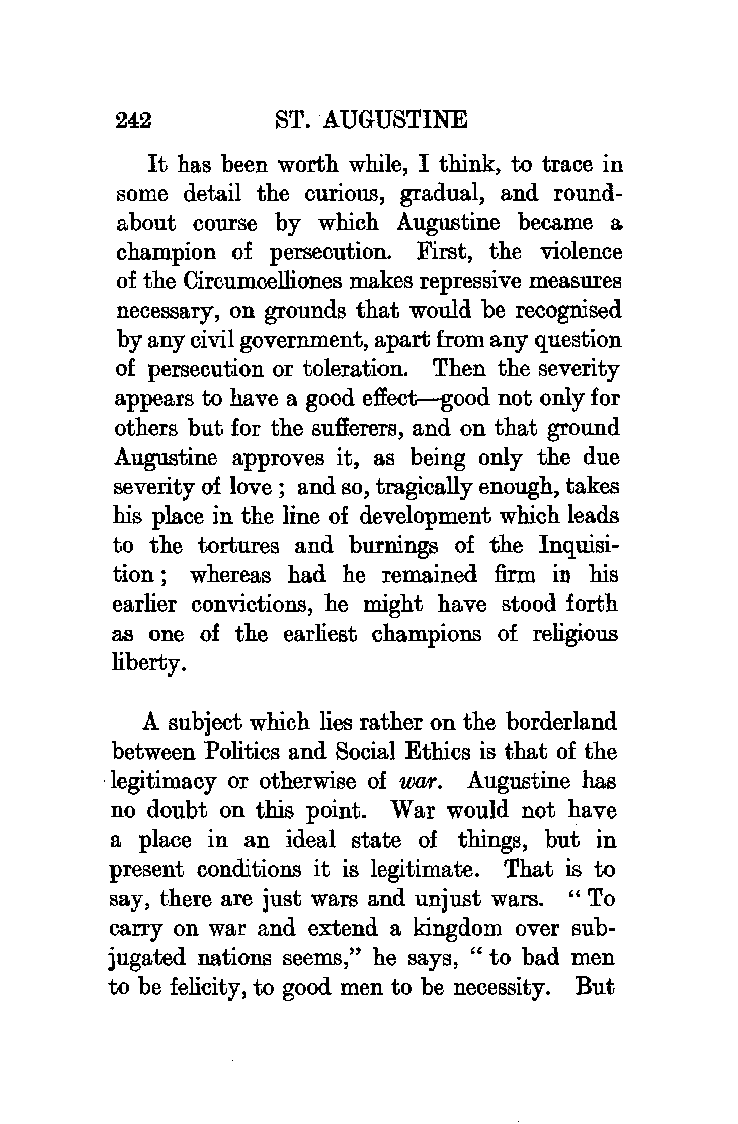
242       ST. AUGUSTINE
 It has been worth while, I think, to trace in
 some detail the curious, gradual, and round
 about course by which Augustine became a
 champion of persecution. First, the violence
 of the Circumcelliones makes repressive measures
 necessary, on grounds that would be recognised
 by any civil government, apart from any question
 of persecution or toleration. Then the severity
 appears to have a good effect-good not only for
 others but for the sufferers, and on that ground
 Augustine approves it, as being only the due
 severity of love; and so, tragically enough, takes
 his place in the line of development which leads
 to the tortures and burnings of the Inquisi
 tion; whereas had he remained firm in his
 earlier convictions, he might have stood forth
 as one of the earliest champions of religious
 liberty.
 A subject which lies rather on the borderland
 between Politics and Social Ethics is that of the
 -legitimacy or otherwise of war. Augustine has
 no doubt on this point. War would not have
 a place in an ideal state of things, but in
 present conditions it is legitimate. That is to
 say, there are just wars and unjust wars. "To
 carry on war and extend a kingdom over sub
 jugated nations seems," he says, " to bad men
 to be felicity, to good men to be necessity. But